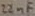
Text: 22nF